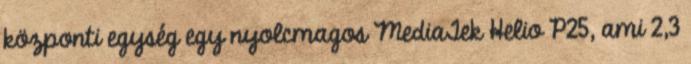
központi egység egy nyolcmagos MediaTek Helio P25, ami 2,3